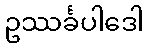
ဥဿင်္ခပါဒေါ